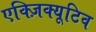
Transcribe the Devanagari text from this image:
एक्ज़िक्यूटिव